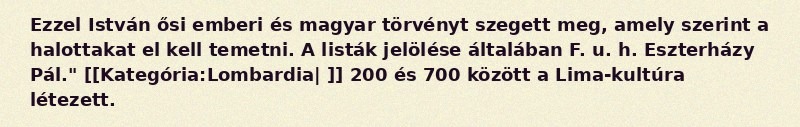
Ezzel István ősi emberi és magyar törvényt szegett meg, amely szerint a halottakat el kell temetni. A listák jelölése általában F. u. h. Eszterházy Pál." [[Kategória:Lombardia| ]] 200 és 700 között a Lima-kultúra létezett.